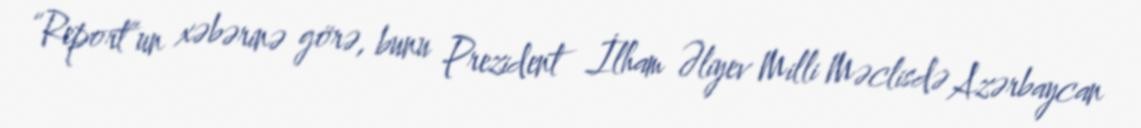
“Report”un xəbərinə görə, bunu Prezident İlham Əliyev Milli Məclisdə Azərbaycan